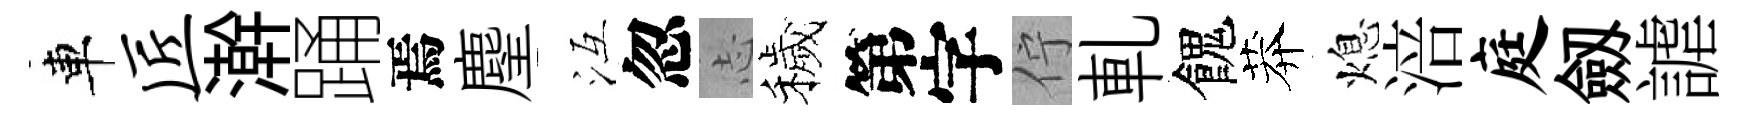
車匠澣踊焉麈冱忽𢖽穢第字佇軋餽莽熄涪庭劔謔